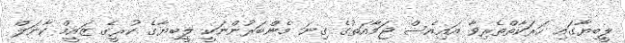
ލީބިޔާގައި ހަރަކާތްތެރިވާ އައިއެސް ޖަމާއަތުގެ ގިނަ މެންބަރުންނަކީ ލީބިޔާގެ ކުރީގެ ޒައީމް ކާނަލް